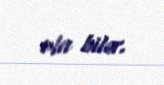
ola bilər.